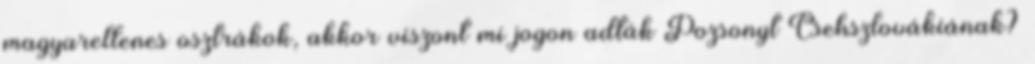
magyarellenes osztrákok, akkor viszont mi jogon adták Pozsonyt Csehszlovákiának?